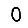
Digit: 0